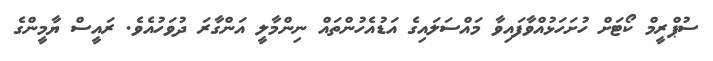
ސުޕްރީމް ކޯޓަށް ހުށަހަޅުއްވާފައިވާ މައްސަލައިގެ އަޑުއެހުންތައް ނިންމާލީ އަންގާރަ ދުވަހުއެވެ. ރައީސް ޔާމީންގެ